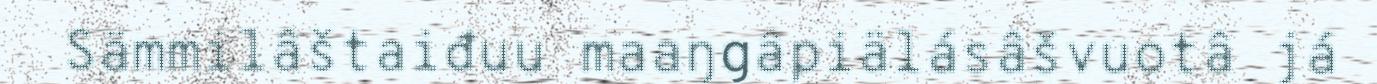
Sämmilâštaiđuu maaŋgâpiälásâšvuotâ já